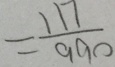
= \frac { 1 1 7 } { 9 9 0 }